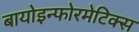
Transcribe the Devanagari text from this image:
बायोइन्फोरमेटिक्स